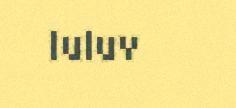
luluv